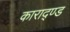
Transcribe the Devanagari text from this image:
काराद्ण्ड